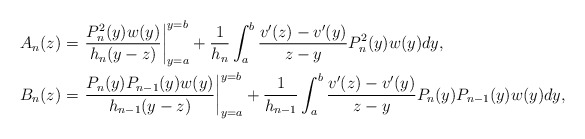
\begin{align*}\begin{aligned}A_n(z)&=\left .\frac{P_n^2(y)w(y)}{h_n(y-z)}\right |_{y=a}^{y=b}+\frac{1}{h_n}\int_{a}^{b}\frac{v'(z)-v'(y)}{z-y} P_{n}^2(y)w(y)dy,\\B_n(z)&=\left .\frac{P_n(y)P_{n-1}(y)w(y)}{h_{n-1}(y-z)}\right |_{y=a}^{y=b}+\frac{1}{h_{n-1}}\int_{a}^{b}\frac{v'(z)-v'(y)}{z-y} P_{n}(y)P_{n-1}(y)w(y)dy,\end{aligned}\end{align*}